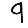
Digit: 9